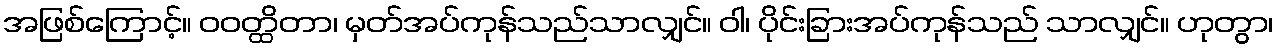
အဖြစ်ကြောင့်။ ဝဝတ္ထိတာ၊ မှတ်အပ်ကုန်သည်သာလျှင်။ ဝါ၊ ပိုင်းခြားအပ်ကုန်သည် သာလျှင်။ ဟုတွာ၊